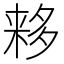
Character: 𬻮